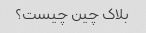
بلاک چین چیست؟